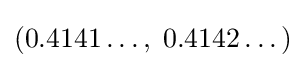
\left(0.4141\dots ,\;0.4142\dots \right)